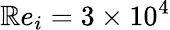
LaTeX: \mathbb{R}e_{i}=3\times10^{4}